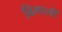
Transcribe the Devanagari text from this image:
बिगाली